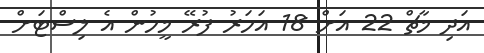
އަދި މާޗް 22 އަށް 18 އަހަރު ފުރޭ މީހުން އެ ލިސްޓަށް